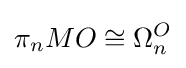
\pi _{n}MO\cong \Omega _{n}^{O}